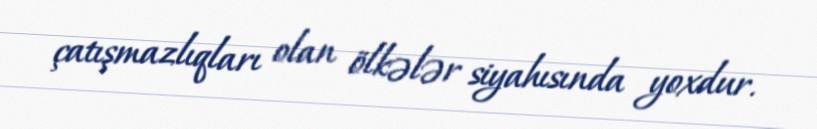
çatışmazlıqları olan ölkələr siyahısında yoxdur.